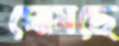
ঘোষছে